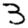
Digit: 3